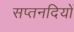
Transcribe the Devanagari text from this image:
सप्तनदियों